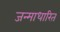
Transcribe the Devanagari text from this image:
जन्‍माधारित